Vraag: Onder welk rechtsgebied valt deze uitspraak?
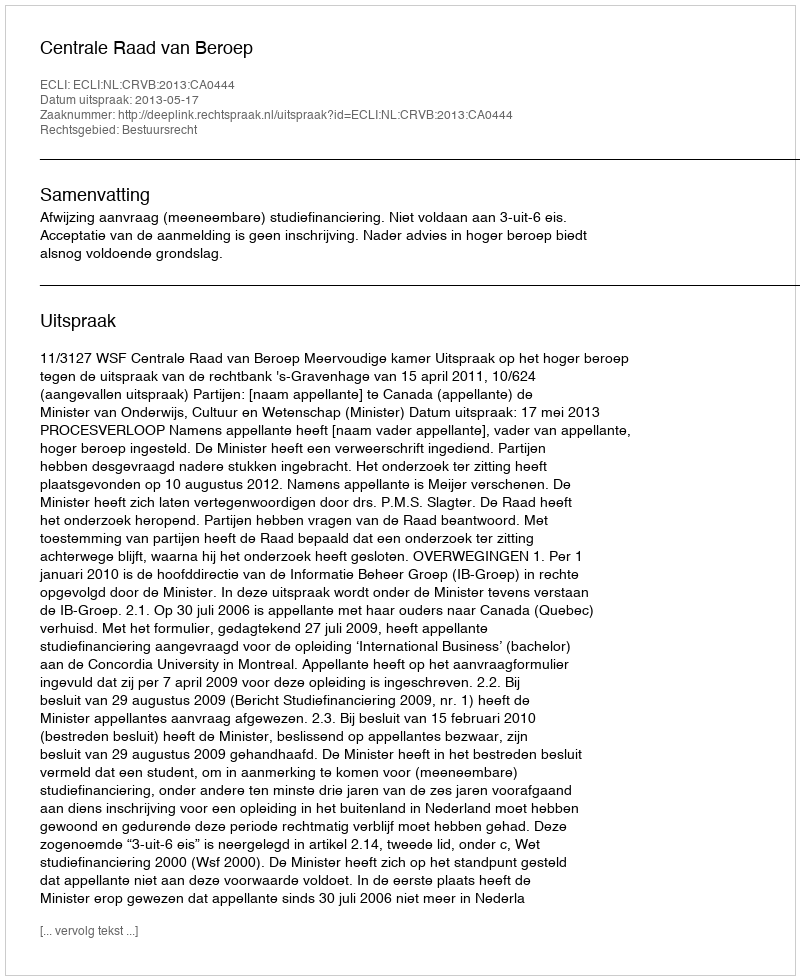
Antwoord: Bestuursrecht